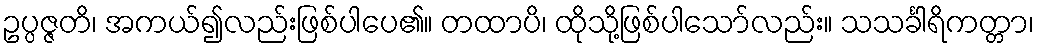
ဥပ္ပဇ္ဇတိ၊ အကယ်၍လည်းဖြစ်ပါပေ၏။ တထာပိ၊ ထိုသို့ဖြစ်ပါသော်လည်း။ သသင်္ခါရိကတ္တာ၊